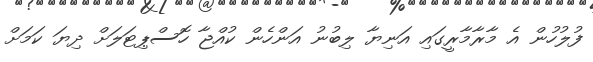
ފުލުހުން އެ މާރާމާރީގައި އަނިޔާ ލިބުނު އަންހެން ކުއްޖާ ހޮސްޕިޓަލަށް ދިޔަ ކަމަށް